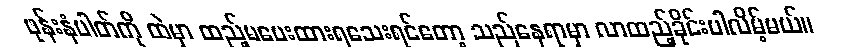
ဖုန်းနံပါတ်ကို ထဲမှာ ထည့်မပေးထားရသေးရင်တော့ သည်နေရာမှာ လာထည့်ခိုင်းပါလိမ့်မယ်။